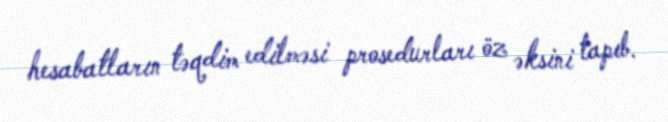
hesabatların təqdim edilməsi prosedurları öz əksini tapıb.